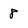
Character: 8